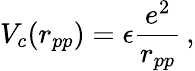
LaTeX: V_{c}(r_{pp})=\epsilon\frac{e^{2}}{r_{pp}}\, ,